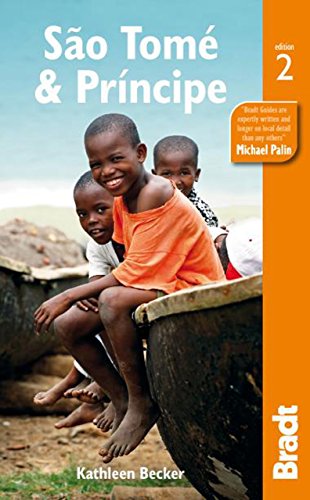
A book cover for Sao Tome & Principe (Bradt Travel Guides); Kathleen Becker; Travel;